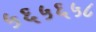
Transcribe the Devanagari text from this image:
५६५६५८